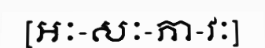
[អៈ-សៈ-ភា-វៈ]